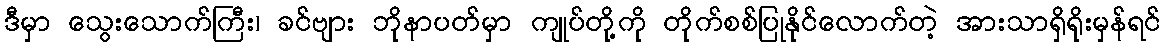
ဒီမှာ သွေးသောက်ကြီး၊ ခင်ဗျား ဘိုနာပတ်မှာ ကျုပ်တို့ကို တိုက်စစ်ပြုနိုင်လောက်တဲ့ အားသာရှိရိုးမှန်ရင်